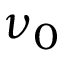
\nu _ { 0 }